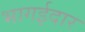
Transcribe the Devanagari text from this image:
भागईदार